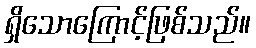
ရှိသောကြောင့်ဖြစ်သည်။